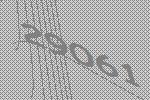
29061